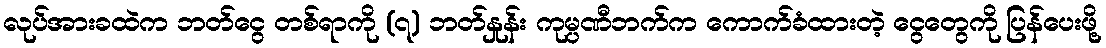
လုပ်အားခထဲက ဘတ်ငွေ တစ်ရာကို (၇) ဘတ်နှုန်း ကုမ္ပဏီဘက်က ကောက်ခံထားတဲ့ ငွေတွေကို ပြန်ပေးဖို့